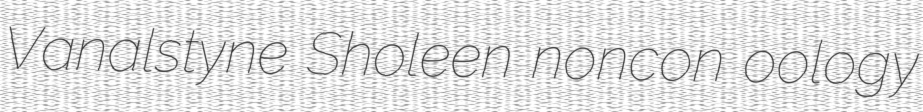
Vanalstyne Sholeen noncon oology